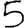
Digit: 5